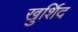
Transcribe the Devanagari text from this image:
खुर्शिद